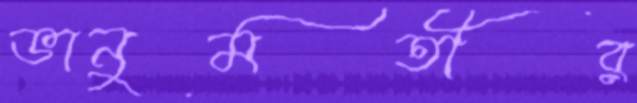
ভানুমতীর